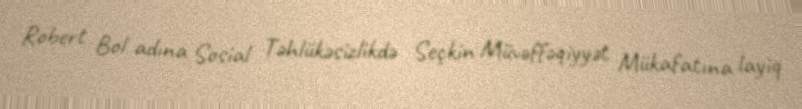
Robert Bol adına Sosial Təhlükəsizlikdə Seçkin Müvəffəqiyyət Mükafatına layiq